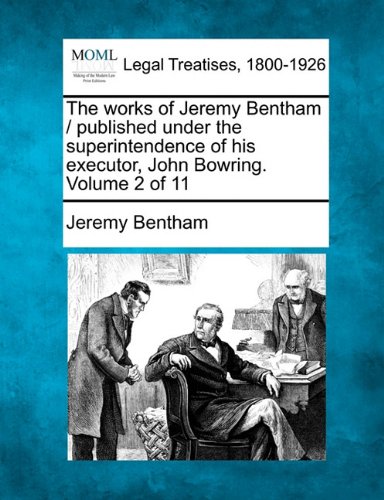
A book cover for The works of Jeremy Bentham / published under the superintendence of his executor, John Bowring. Volume 2 of 11; Jeremy Bentham; Politics & Social Sciences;